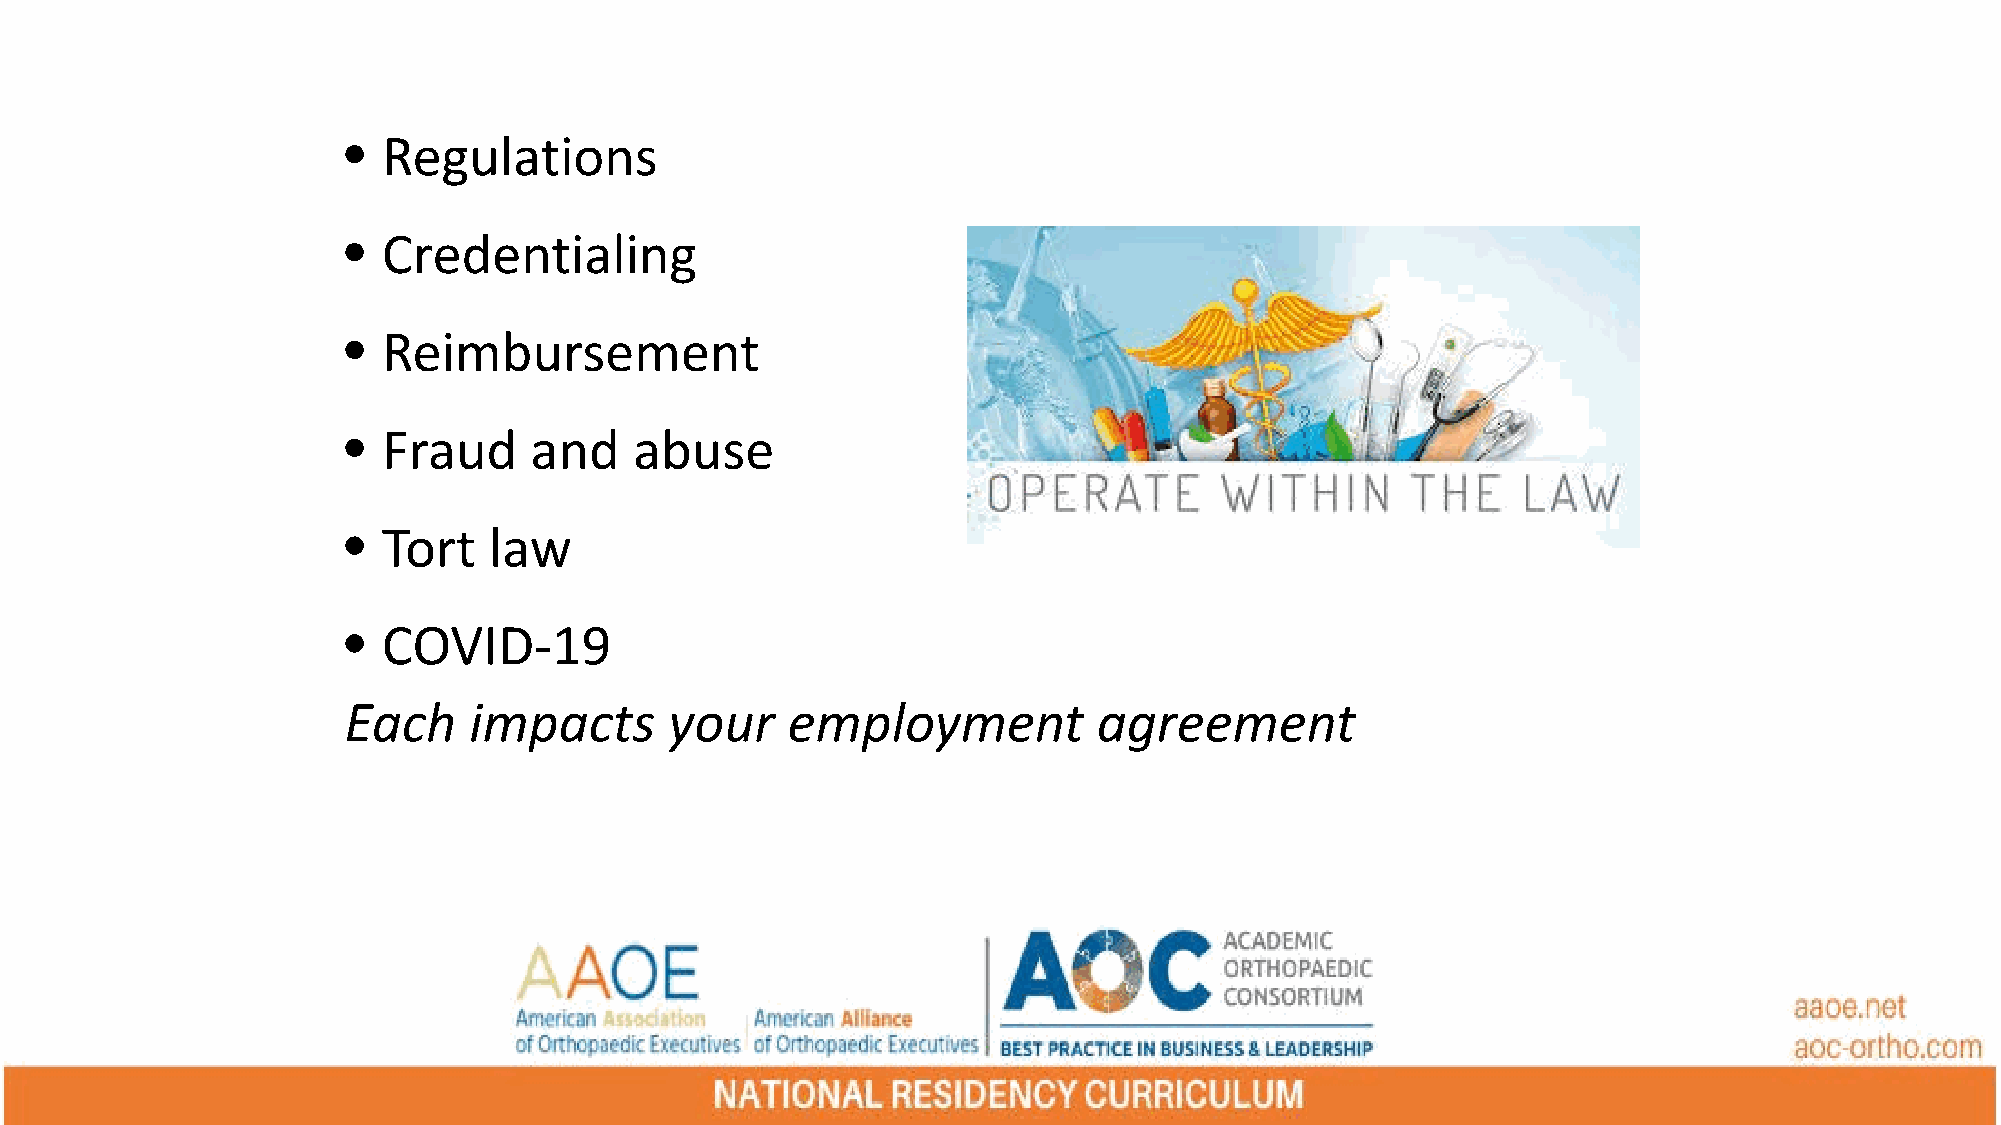
• Regulations
 • Credentialing
 • Reimbursement
 • Fraud     and    abuse
 • Tort   law
 • COVID-19
 Each    impacts      your    employment           agreement